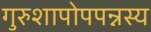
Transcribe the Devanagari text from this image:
गुरुशापोपपन्नस्य